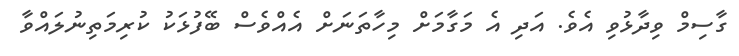
ގާސިމް ވިދާޅުވި އެވެ. އަދި އެ މަގާމަށް މިހާތަނަށް އެއްވެސް ބޭފުޅަކު ކުރިމަތިނުލައްވާ